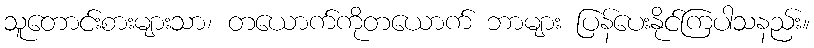
သူတောင်းစားများသာ၊ တယောက်ကိုတယောက် ဘာများ ပြန်ပေးနိုင်ကြပါသနည်း။